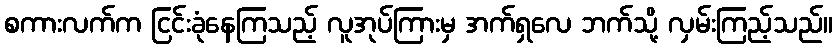
စကားလက်က ငြင်းခုံနေကြသည့် လူအုပ်ကြားမှ အက်ရှလေ ဘက်သို့ လှမ်းကြည့်သည်။